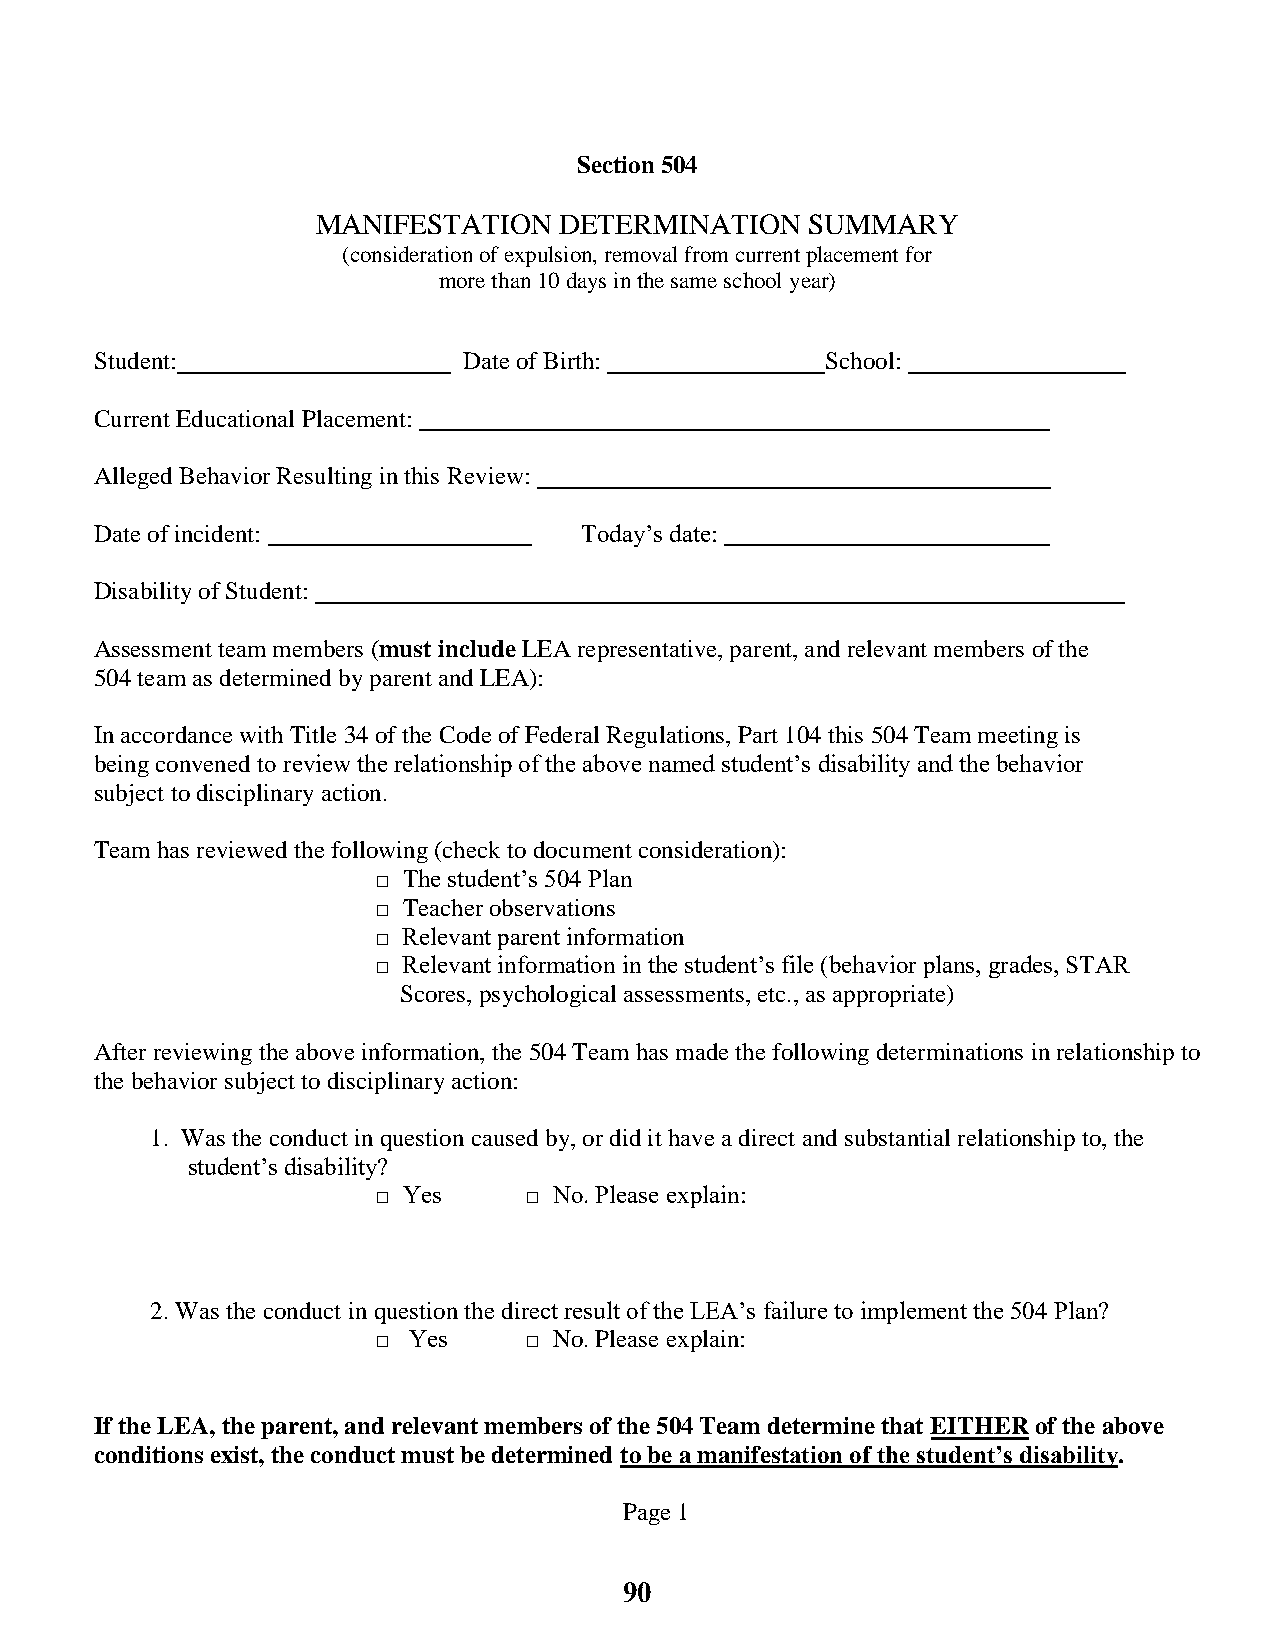
Section 504
 MANIFESTATION   DETERMINATION    SUMMARY
 (consideration of expulsion, removal from current placement for
 more than 10 days in the same school year)
 Student:                 Date of Birth:          School:
 Current Educational Placement:
 Alleged Behavior Resulting in this Review:
 Date of incident:               Today’s date:
 Disability of Student:
 Assessment team members (must include LEA representative, parent, and relevant members of the
 504 team as determined by parent and LEA):
 In accordance with Title 34 of the Code of Federal Regulations, Part 104 this 504 Team meeting is
 being convened to review the relationship of the above named student’s disability and the behavior
 subject to disciplinary action.
 Team has reviewed the following (check to document consideration):
 □ The student’s 504 Plan
 □ Teacher observations
 □ Relevant parent information
 □ Relevant information in the student’s file (behavior plans, grades, STAR
 Scores, psychological assessments, etc., as appropriate)
 After reviewing the above information, the 504 Team has made the following determinations in relationship to
 the behavior subject to disciplinary action:
 1. Was the conduct in question caused by, or did it have a direct and substantial relationship to, the
 student’s disability?
 □ Yes     □ No. Please explain:
 2. Was the conduct in question the direct result of the LEA’s failure to implement the 504 Plan?
 □ Yes     □ No. Please explain:
 If the LEA, the parent, and relevant members of the 504 Team determine that EITHER of the above
 conditions exist, the conduct must be determined to be a manifestation of the student’s disability.
 Page 1
 90